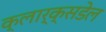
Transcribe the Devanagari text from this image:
क्लार्क्सडेल